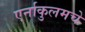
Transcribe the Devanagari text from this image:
एर्नाकुलमचे